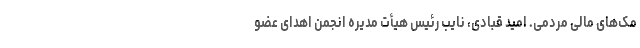
مک‌های مالی مردمی. امید قبادی، نایب رئیس هیأت مدیره انجمن اهدای عضو